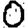
Digit: 0